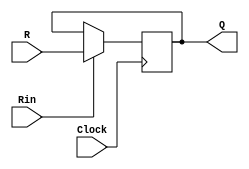
module regn(R, Rin, Clock, Q);
	parameter n = 16;
	input [n-1:0] R;
	input Rin, Clock;
	output reg [n-1:0] Q;
	
	initial
	begin
		Q <= 16'b0000000000000000;//inicia em 0
	end
	
	always @(posedge Clock)
		if (Rin)
			Q <= R;//escrita
endmodule